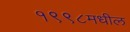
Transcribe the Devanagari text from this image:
१९९८मधील